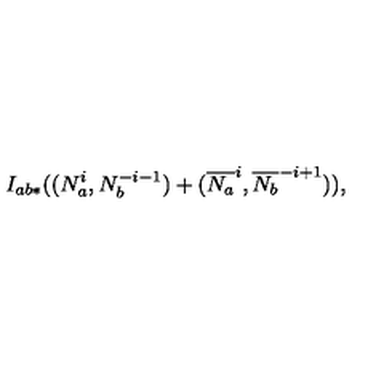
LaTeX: I _ { a b * } ( ( N _ { a } ^ { i } , N _ { b } ^ { - i - 1 } ) + ( \overline { { N _ { a } } } ^ { i } , \overline { { N _ { b } } } ^ { - i + 1 } ) ) ,